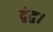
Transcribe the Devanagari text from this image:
द्वंद्व।